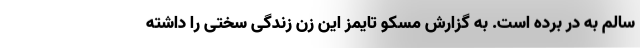
سالم به در برده است. به گزارش مسکو تایمز این زن زندگی سختی را داشته